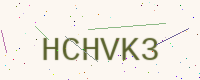
Text: HCHVK3